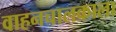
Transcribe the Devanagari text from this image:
वाहनचालकाला